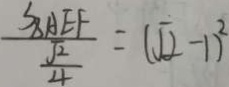
\frac { S _ { A E F } } { \frac { \sqrt { 2 } } { 4 } } = ( \sqrt { 2 } - 1 ) ^ { 2 }